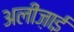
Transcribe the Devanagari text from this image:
अलीज़ाई